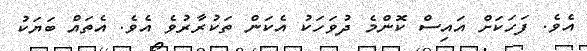
އެވެ. ފަހަކަށް އައިސް ކޮންމެ ދުވަހަކު އެކަން ތަކުރާރުވެ އެވެ. އެތައް ބަޔަކު